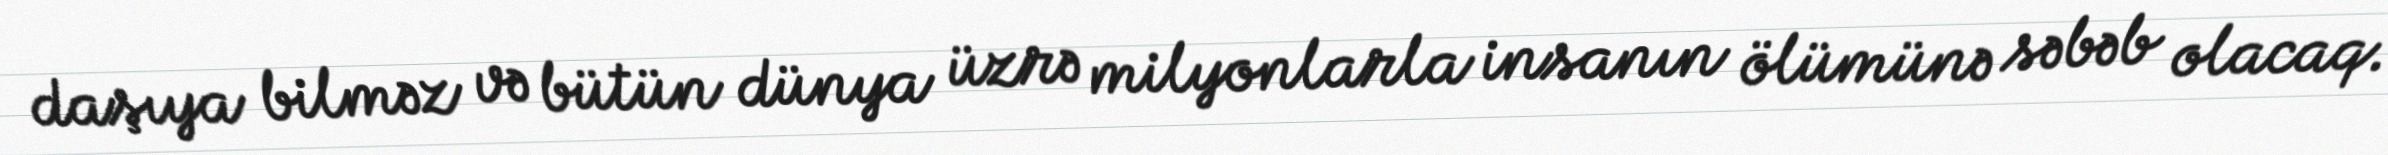
daşıya bilməz və bütün dünya üzrə milyonlarla insanın ölümünə səbəb olacaq.